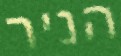
הניר